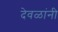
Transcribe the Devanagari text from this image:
देवळांनी